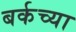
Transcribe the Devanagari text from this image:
बर्कच्या